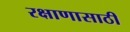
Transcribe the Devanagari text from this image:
रक्षाणासाठी